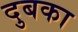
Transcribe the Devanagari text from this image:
दुबका